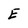
Character: E